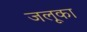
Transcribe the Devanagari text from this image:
जलूका